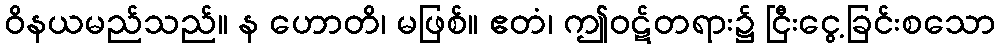
ဝိနယမည်သည်။ န ဟောတိ၊ မဖြစ်။ ဧတံ၊ ဤဝဋ်တရား၌ ငြီးငွေ့ခြင်းစသော